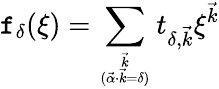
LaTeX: \mathtt{f}_{\delta}(\xi)=\sum_{{\vec{{k}}}\atop{(\vec{{\alpha}}\cdot\vec{{k}}=\delta)}}t_{\delta,\vec{{k}}}\xi^{\vec{{k}}}